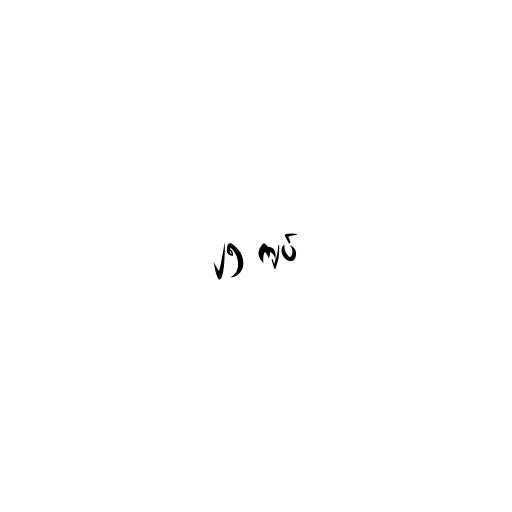
၂၅ ကျပ်